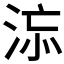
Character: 𣵅